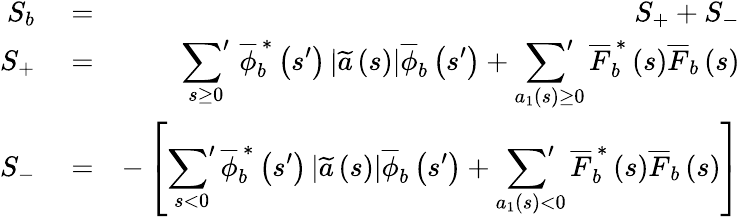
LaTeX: \begin{array}{rlr}{S_{b}}&{{}=}&{S_{+}+S_{-}}\\ {S_{+}}&{{}=}&{\displaystyle\sideset{}{'}\sum_{s\ge 0}\, \overline{{\phi}}_{b}^{\, \ast}\left(s^{\prime}\right)\left|\widetilde{a}\left(s\right)\right|\overline{{\phi}}_{b}\left(s^{\prime}\right)+\displaystyle\sideset{}{'}\sum_{a_{1}\left(s\right)\ge 0}\overline{{F}}_{b}^{\, \ast}\left(s\right)\overline{{F}}_{b}\left(s\right)}\\ {S_{-}}&{{}=}&{-\left[\displaystyle\sideset{}{'}\sum_{s<0}\overline{{\phi}}_{b}^{\, \ast}\left(s^{\prime}\right)\left|\widetilde{a}\left(s\right)\right|\overline{{\phi}}_{b}\left(s^{\prime}\right)+\displaystyle\sideset{}{'}\sum_{a_{1}\left(s\right)<0}\overline{{F}}_{b}^{\, \ast}\left(s\right)\overline{{F}}_{b}\left(s\right)\right]}\end{array}